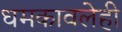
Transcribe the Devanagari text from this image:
धमकावलेही